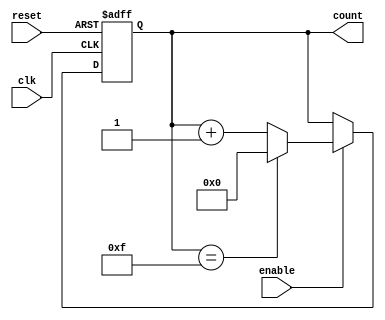
module ring_counter_with_enable (
    input clk,
    input reset,
    input enable,
    output reg [3:0] count
);

always @(posedge clk or posedge reset) begin
    if (reset) begin
        count <= 4'b0000;
    end else if (enable) begin
        if (count == 4'b1111) begin
            count <= 4'b0000;
        end else begin
            count <= count + 4'b0001;
        end
    end
end

endmodule